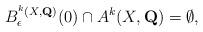
LaTeX: \begin{align*}B_{\epsilon}^{^k(X,\mathbf{Q})}(0)\cap A^k(X,\mathbf{Q}) =\emptyset,\end{align*}